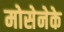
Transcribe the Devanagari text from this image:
मोसेनेके